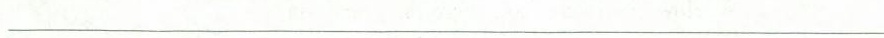
________